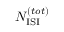
N _ { \mathrm { I S I } } ^ { ( t o t ) }